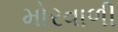
મોરવાળી